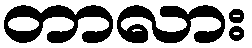
တာလား